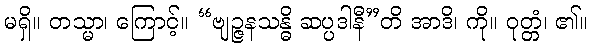
မရှိ။ တသ္မာ၊ ကြောင့်။ “ဗျဉ္ဇနသန္ဓိ ဆပ္ပဒါနီ”တိ အာဒိ၊ ကို။ ဝုတ္တံ၊ ၏။